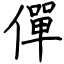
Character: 僤